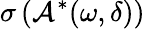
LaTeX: \sigma\left(\mathcal{A}^{*}(\omega,\delta)\right)